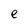
Character: e